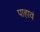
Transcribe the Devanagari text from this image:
पाहावं